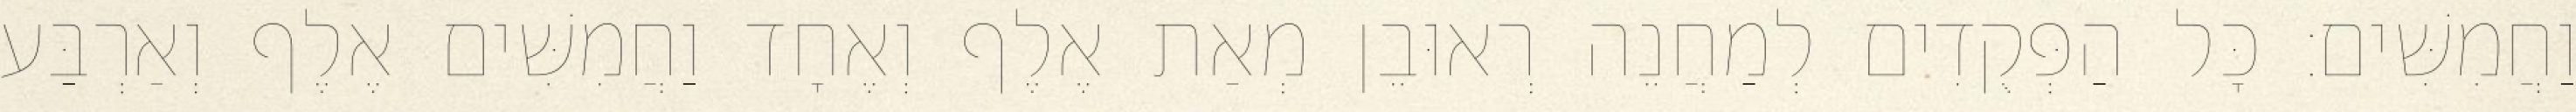
וַחֲמִשִּׁים׃ כָּל הַפְּקֻדִים לְמַחֲנֵה רְאוּבֵן מְאַת אֶלֶף וְאֶחָד וַחֲמִשִּׁים אֶלֶף וְאַרְבַּע